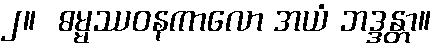
၂။  ဓမ္မဿဝနကာလော အယံ ဘဒ္ဒန္တာ။